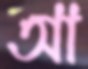
আ